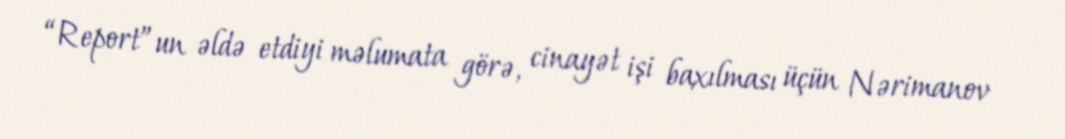
“Report”un əldə etdiyi məlumata görə, cinayət işi baxılması üçün Nərimanov